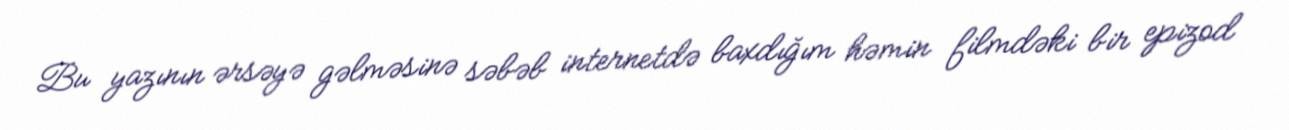
Bu yazının ərsəyə gəlməsinə səbəb internetdə baxdığım həmin filmdəki bir epizod